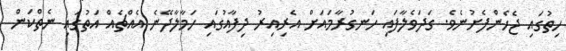
ހިތުގައި ޖެހެންފެށުނެވެ. ގަދަވެލާފައި ހަނގުރާމައަށް އެރިއިރު ދިފާއުގައި ހަމާލާދޭނެ އެއްޗެއް އަތުގައި ނެތްކަން